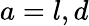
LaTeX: a=l,d